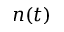
n ( t )